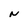
Character: N